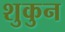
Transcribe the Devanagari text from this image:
शुकुन